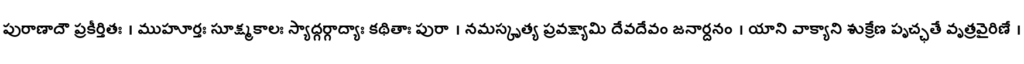
పురాణాదౌ ప్రకీర్తితః । ముహూర్తః సూక్ష్మకాలః స్యాద్గర్గాద్యాః కథితాః పురా । నమస్కృత్య ప్రవక్ష్యామి దేవదేవం జనార్దనం । యాని వాక్యాని శుక్రేణ పృచ్ఛతే వృత్రవైరిణే ।